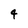
Character: 4